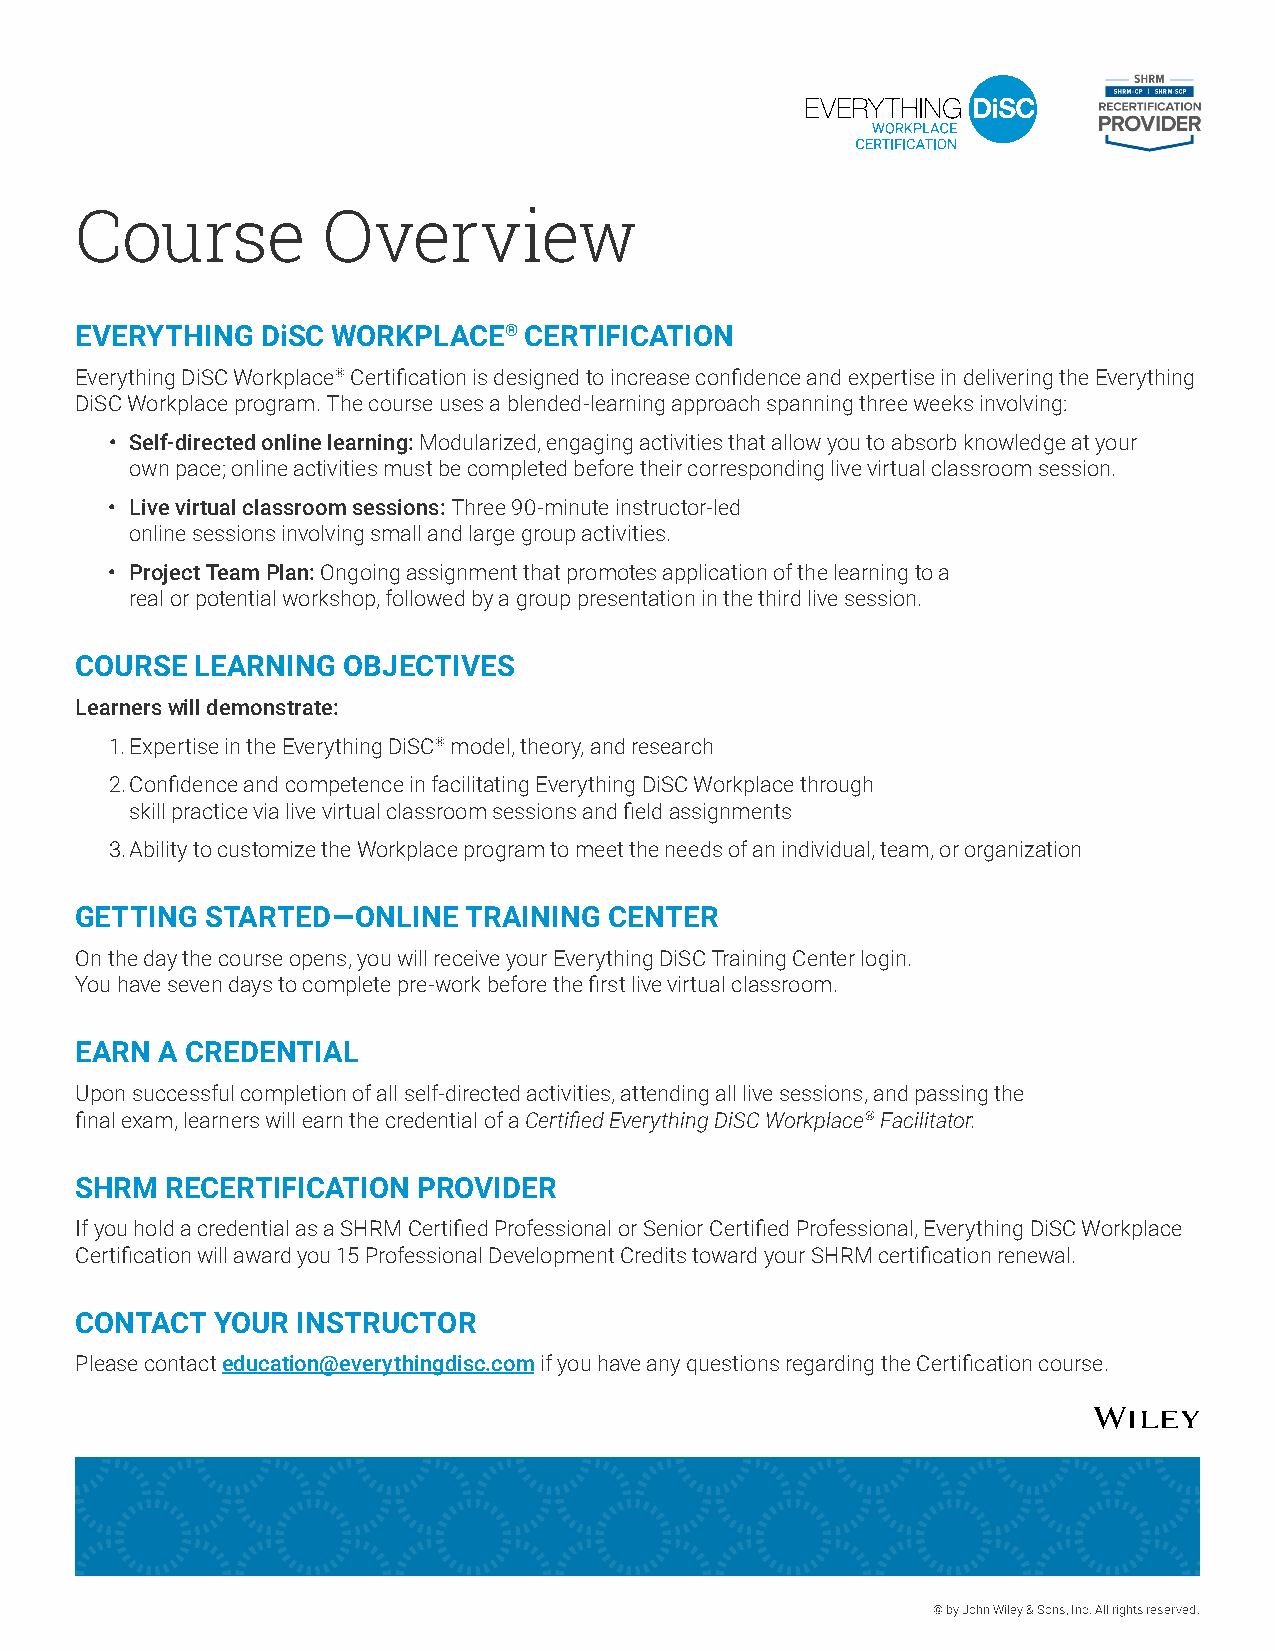
Course          Overview
 EVERYTHING  DiSC WORKPLACE®   CERTIFICATION
 Everything DiSC Workplace® Certification is designed to increase confidence and expertise in delivering the Everything
 DiSC Workplace program. The course uses a blended-learning approach spanning three weeks involving:
 • Self-directed online learning: Modularized, engaging activities that allow you to absorb knowledge at your
 own pace; online activities must be completed before their corresponding live virtual classroom session.
 • Live virtual‐classroom sessions: Three 90-minute instructor-led
 online sessions involving small and large group activities.
 • Project Team Plan: Ongoing assignment that promotes application of the learning to a
 real or potential workshop, followed by a group presentation in the third live session.
 COURSE  LEARNING  OBJECTIVES
 Learners will demonstrate:
 1. Expertise in the Everything DiSC® model, theory, and research
 2. Confidence and competence in facilitating Everything DiSC Workplace through
 skill practice via live virtual classroom sessions and field assignments
 3. Ability to customize the Workplace program to meet the needs of an individual, team, or organization
 GETTING  STARTED—ONLINE   TRAINING CENTER
 On the day the course opens, you will receive your Everything DiSC Training Center login.
 You have seven days to complete pre-work before the first live virtual classroom.
 EARN  A CREDENTIAL
 Upon successful completion of all self-directed activities, attending all live sessions, and passing the
 final exam, learners will earn the credential of a Certified Everything DiSC Workplace® Facilitator.
 SHRM  RECERTIFICATION  PROVIDER
 If you hold a credential as a SHRM Certified Professional or Senior Certified Professional, Everything DiSC Workplace
 Certification will award you 15 Professional Development Credits toward your SHRM certification renewal.
 CONTACT  YOUR  INSTRUCTOR
 Please contact education@everythingdisc.com if you have any questions regarding the Certification course.
 © by John Wiley & Sons, Inc. All rights reserved.